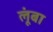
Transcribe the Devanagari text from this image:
लूंबा